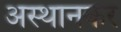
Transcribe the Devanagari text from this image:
अस्थानकर